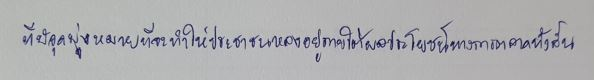
ที่มีจุดมุ่งหมายที่จะทำให้ประชาชนหลงอยู่ภายใต้ผลประโยชน์ทางการตลาดทั้งสิ้น